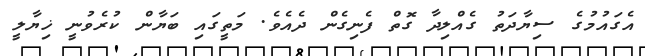
އެގައުމުގެ ސިޔާދަތު ގެއްލިދާ ގޮތް ފެނިގެން ދެއެވެ. މަތީގައި ބަޔާން ކުރެވުނީ ޚިޔާލީ